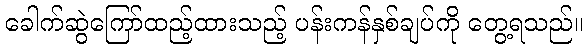
ခေါက်ဆွဲကြော်ထည့်ထားသည့် ပန်းကန်နှစ်ချပ်ကို တွေ့ရသည်။